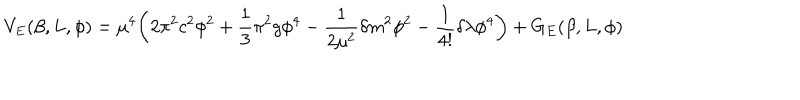
V _ { E } ( \beta , L , \phi ) = \mu ^ { 4 } \biggl ( 2 \pi ^ { 2 } c ^ { 2 } \phi ^ { 2 } + \frac { 1 } { 3 } \pi ^ { 2 } g \phi ^ { 4 } - \frac { 1 } { 2 \mu ^ { 2 } } \delta m ^ { 2 } \phi ^ { 2 } - \frac { 1 } { 4 ! } \delta \lambda \phi ^ { 4 } \biggr ) + G _ { E } ( \beta , L , \phi )